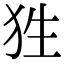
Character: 狌